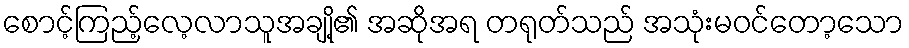
စောင့်ကြည့်လေ့လာသူအချို့၏ အဆိုအရ တရုတ်သည် အသုံးမဝင်တော့သော